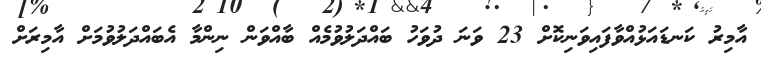
އާމިރު ކަނޑައަޅުއްވާފައިވަނިކޮށް 23 ވަނަ ދުވަހު ބައްދަލުވުމެއް ބާއްވަން ނިންމާ އެބައްދަލުވުމަށް އާމިރަށް